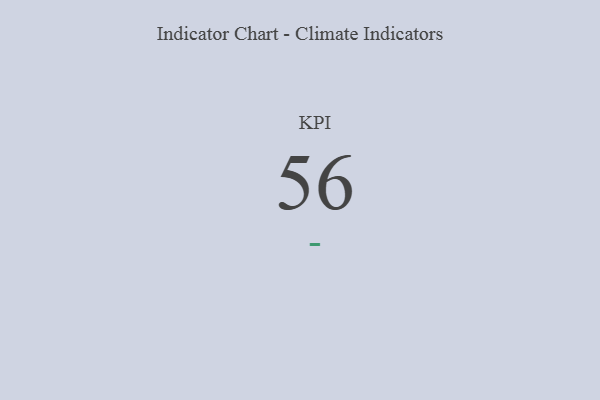
{"axis": {"x": "KPI", "y": "Value"}, "legend": [""], "data": [{"x": "KPI", "y": 56, "type": ""}]}